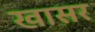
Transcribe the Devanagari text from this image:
खासर